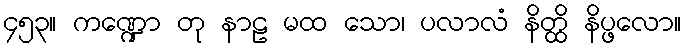
၄၅၃။ ကဏ္ဍော တု နာဠ မထ သော၊ ပလာလံ နိတ္ထိ နိပ္ဖလော။